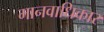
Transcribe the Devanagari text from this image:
मानवाधिकार